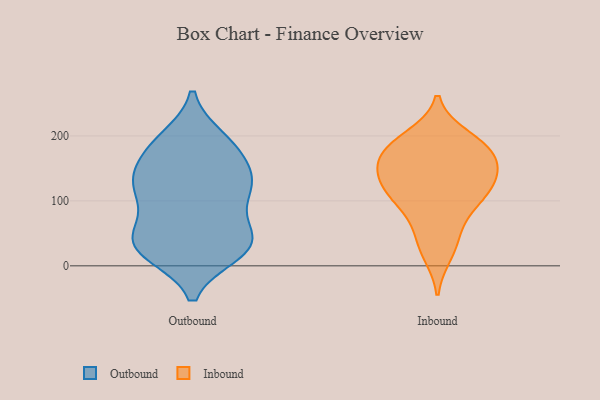
{"axis": {"x": "Revenue (USD Million)", "y": "Value"}, "legend": ["Inbound", "Outbound"], "data": [{"x": "", "y": 20, "type": "Outbound"}, {"x": "", "y": 195, "type": "Outbound"}, {"x": "", "y": 135, "type": "Outbound"}, {"x": "", "y": 29, "type": "Outbound"}, {"x": "", "y": 121, "type": "Outbound"}, {"x": "", "y": 101, "type": "Outbound"}, {"x": "", "y": 59, "type": "Outbound"}, {"x": "", "y": 26, "type": "Outbound"}, {"x": "", "y": 136, "type": "Outbound"}, {"x": "", "y": 24, "type": "Outbound"}, {"x": "", "y": 181, "type": "Outbound"}, {"x": "", "y": 125, "type": "Outbound"}, {"x": "", "y": 108, "type": "Outbound"}, {"x": "", "y": 46, "type": "Outbound"}, {"x": "", "y": 188, "type": "Outbound"}, {"x": "", "y": 181, "type": "Outbound"}, {"x": "", "y": 45, "type": "Outbound"}, {"x": "", "y": 33, "type": "Outbound"}, {"x": "", "y": 139, "type": "Outbound"}, {"x": "", "y": 104, "type": "Inbound"}, {"x": "", "y": 97, "type": "Inbound"}, {"x": "", "y": 19, "type": "Inbound"}, {"x": "", "y": 33, "type": "Inbound"}, {"x": "", "y": 167, "type": "Inbound"}, {"x": "", "y": 190, "type": "Inbound"}, {"x": "", "y": 122, "type": "Inbound"}, {"x": "", "y": 134, "type": "Inbound"}, {"x": "", "y": 176, "type": "Inbound"}, {"x": "", "y": 91, "type": "Inbound"}, {"x": "", "y": 134, "type": "Inbound"}, {"x": "", "y": 144, "type": "Inbound"}, {"x": "", "y": 188, "type": "Inbound"}, {"x": "", "y": 57, "type": "Inbound"}, {"x": "", "y": 198, "type": "Inbound"}, {"x": "", "y": 159, "type": "Inbound"}, {"x": "", "y": 173, "type": "Inbound"}, {"x": "", "y": 123, "type": "Inbound"}]}